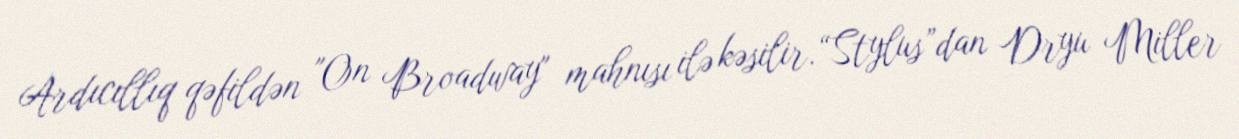
Ardıcıllıq qəfildən "On Broadway" mahnısı ilə kəsilir.“Stylus”dan Dryu Miller